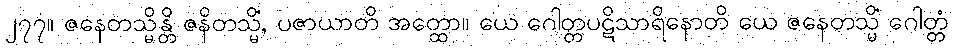
၂၇၇။ ဇနေတသ္မိန္တိ ဇနိတသ္မိံ, ပဇာယာတိ အတ္ထော။ ယေ ဂေါတ္တပဋိသာရိနောတိ ယေ ဇနေတသ္မိံ ဂေါတ္တံ